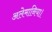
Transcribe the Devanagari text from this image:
अलेमानिया।